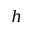
h